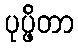
ပုပ္ဖိတာ